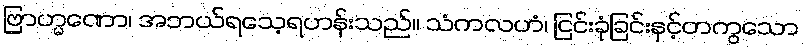
ဗြာဟ္မဏော၊ အဘယ်ရသေ့ရဟန်းသည်။ သံကလဟံ၊ ငြင်းခုံခြင်းနှင့်တကွသော